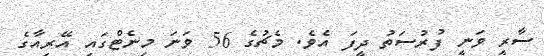
ސާރީ ވަނީ ފުރުސަތު ދީފަ އެވެ. މެޗުގެ 56 ވަނަ މިނެޓްގައި އޭރިއާގެ